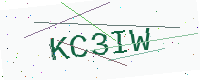
Text: KC3IW